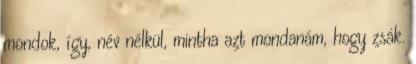
mondok, így, név nélkül, mintha azt mondanám, hogy zsák.